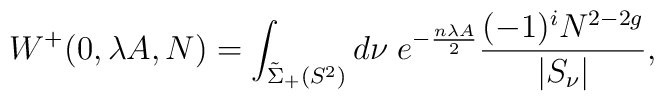
W^+ (0,\lambda A, N) = \int_{ \tilde{\Sigma}_+ (S^2)}  d \nu\; e^{- \frac{n \lambda A}{2} }\frac{(-1)^{i} N^{2 -2 g}}{ |S_\nu |} ,